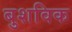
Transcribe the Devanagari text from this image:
बुशविक